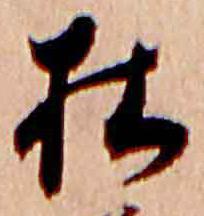
杜